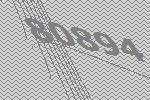
80894